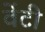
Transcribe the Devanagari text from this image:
वेंटी